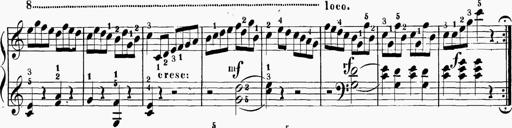
Title: 6 Sonatinas
Composer: Carl Reinecke